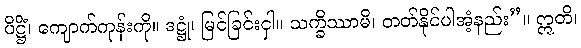
ပိဋ္ဌိံ၊ ကျောက်ကုန်းကို။ ဒဋ္ဌုံ၊ မြင်ခြင်းငှါ။ သက္ခိဿာမိ၊ တတ်နိုင်ပါအံ့နည်း”။ ဣတိ၊